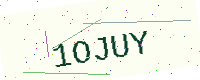
Text: 1OJUY